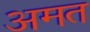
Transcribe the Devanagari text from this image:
अमत